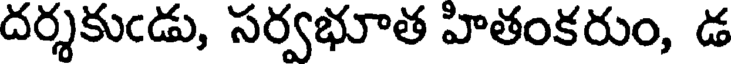
దర్శకుఁడు, సర్వభూత హితంకరుం, డ